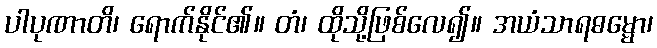
ပါပုဏာတိ၊ ရောက်နိုင်၏။ တံ၊ ထိုသို့ဖြစ်လေ၍။ အယံသာရဓမ္မော၊